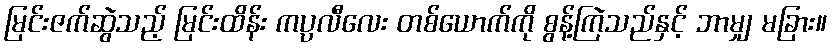
မြင်းဇက်ဆွဲသည့် မြင်းထိန်း ကပ္ပလီလေး တစ်ယောက်ကို စွန့်ကြဲသည်နှင့် ဘာမျှ မခြား။